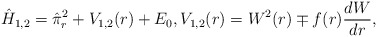
\begin{align*} \hat{H}_{1,2} = \hat{\pi}_r^2 + V_{1,2}(r) + E_0, V_{1,2}(r) = W^2(r) \mp f(r) \frac{dW}{dr}, \end{align*}